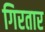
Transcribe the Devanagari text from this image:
गिरतार